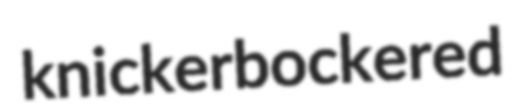
knickerbockered